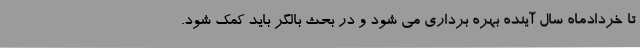
تا خردادماه سال آینده بهره برداری می شود و در بحث بالگر باید کمک شود.